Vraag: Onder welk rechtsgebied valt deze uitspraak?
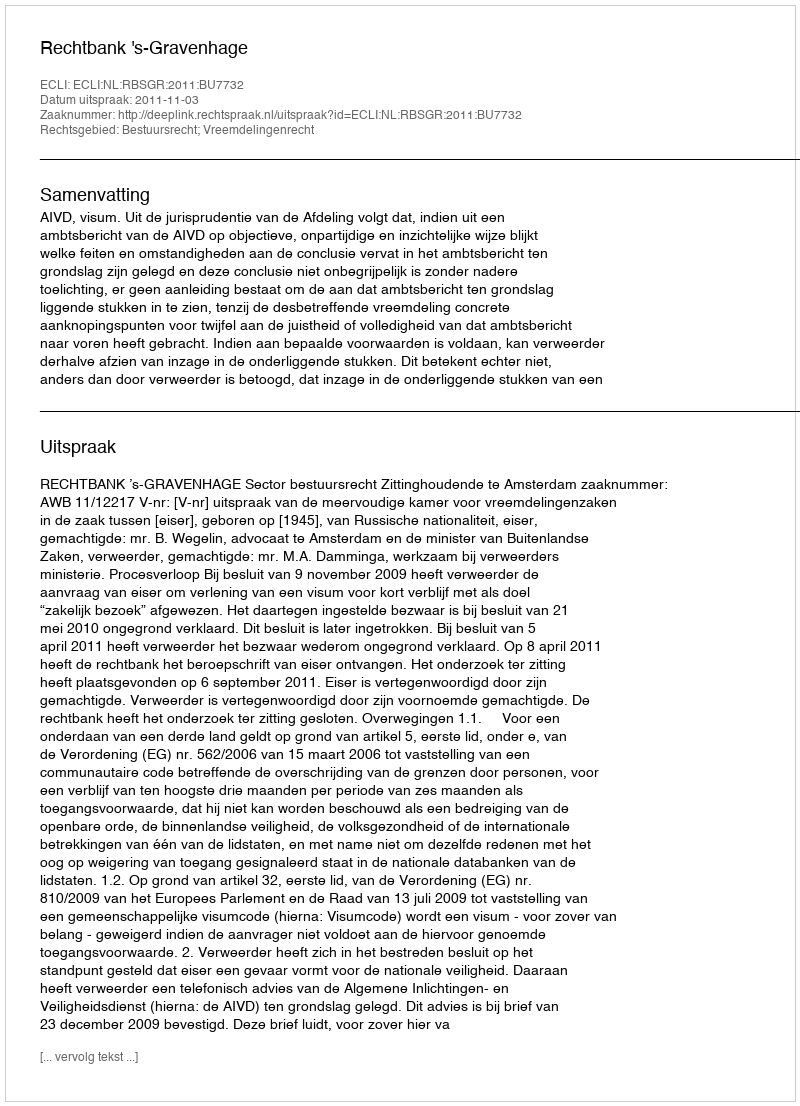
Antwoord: Bestuursrecht; Vreemdelingenrecht